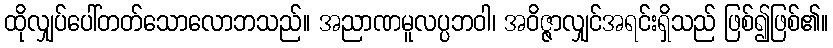
ထိုလျှပ်ပေါ်တတ်သောလောဘသည်။ အညာဏမူလပ္ပဘဝါ၊ အဝိဇ္ဇာလျှင်အရင်းရှိသည် ဖြစ်၍ဖြစ်၏။